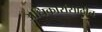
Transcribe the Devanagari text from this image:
अधिकारांसाठीच